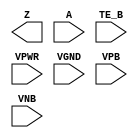
module sky130_fd_sc_lp__einvn (
    Z   ,
    A   ,
    TE_B,
    VPWR,
    VGND,
    VPB ,
    VNB
);

    output Z   ;
    input  A   ;
    input  TE_B;
    input  VPWR;
    input  VGND;
    input  VPB ;
    input  VNB ;
endmodule